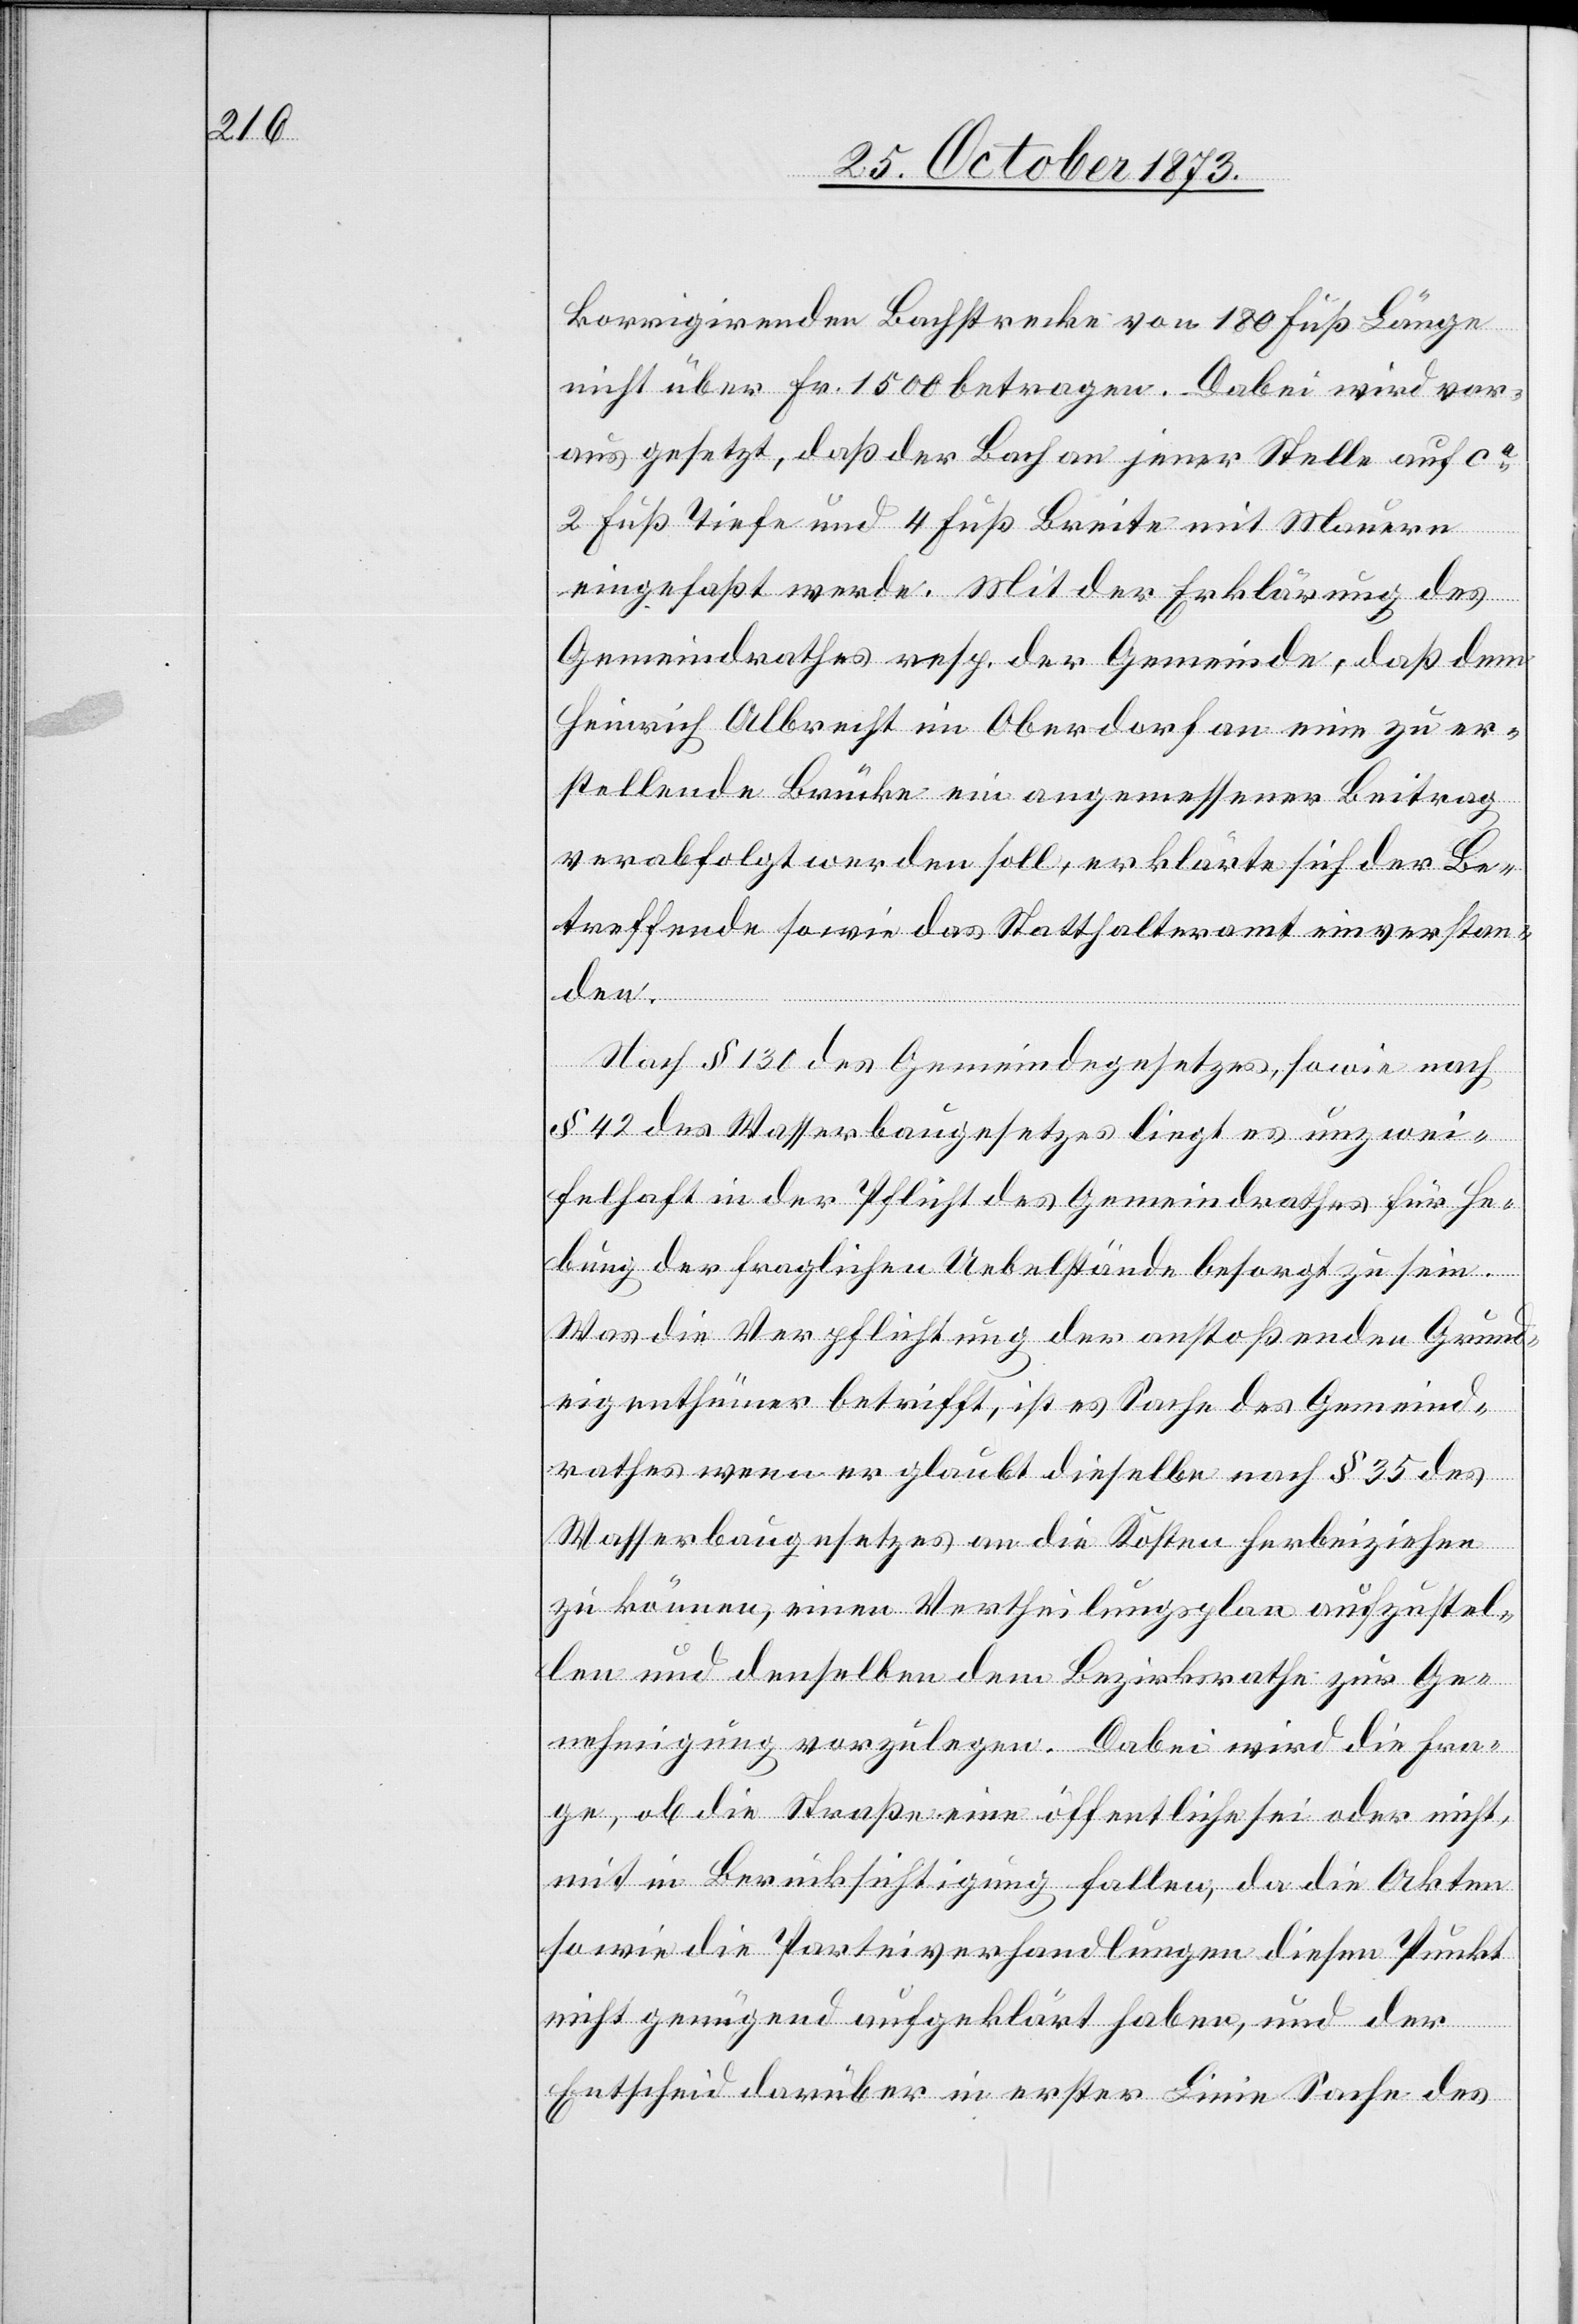
korrigirenden Bachstrecke von 180 Fuß Länge
nicht über Fr. 1 500 betragen. Dabei wird vor¬
ausgesetzt, daß der Bach an jener Stelle auf ca
2 Fuß Tiefe und 4 Fuß Breite mit Mauern
eingefaßt werde. Mit der Erklärung des
Gemeindrathes resp. der Gemeinde, daß dem
Heinrich Albrecht im Oberdorf an eine zu er¬
stellende Brücke ein angemessener Beitrag
verabfolgt werden soll, erklärte sich der Be¬
treffende sowie das Statthalteramt einverstan¬
den.
Nach § 130 des Gemeindegesetzes, sowie nach
§ 42 des Wasserbaugesetzes liegt es unzwei¬
felhaft in der Pflicht des Gemeindrathes für He¬
bung der fraglichen Uebelstände besorgt zu sein.
Was die Verpflichtung der anstoßenden Grund¬
eigenthümer betrifft, ist es Sache des Gemeind¬
rathes wenn er glaubt dieselbe nach § 35 des
Wasserbaugesetzes an die Kosten herbeiziehen
zu können, einen Vertheilungsplan aufzustel¬
len und denselben dem Bezirksrathe zur Ge¬
nehmigung vorzulegen. Dabei wird die Fra¬
ge, ob die Straße eine öffentliche sei oder nicht,
mit in Berücksichtigung fallen, da die Akten
sowie die Parteiverhandlungen diesen Punkt
nicht genügend aufgeklärt haben, und der
Entscheid darüber in erster Linie Sache des